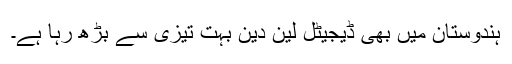
ہندوستان میں بھی ڈیجیٹل لین دین بہت تیزی سے بڑھ رہا ہے۔